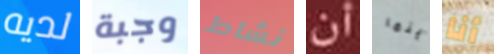
لديه وجبة نشاط أن أينما أنا